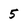
Character: 5